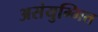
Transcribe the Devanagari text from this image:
असंयुग्मित